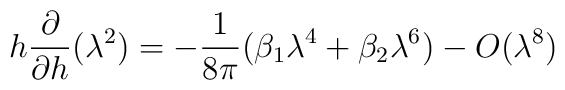
h\frac{\partial }{\partial h}(\lambda ^{2})=-\frac{1}{8\pi }(\beta_{1}\lambda ^{4}+\beta _{2}\lambda ^{6})-O(\lambda ^{8})